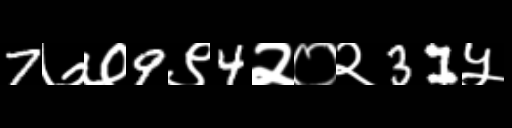
Text: 7७७9९4२०२31५